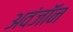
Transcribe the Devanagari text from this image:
अवंजॉन